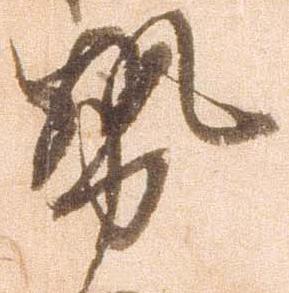
勢